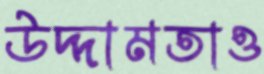
উদ্দামতাও